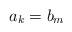
LaTeX: \begin{align*} a_k = b_m\end{align*}